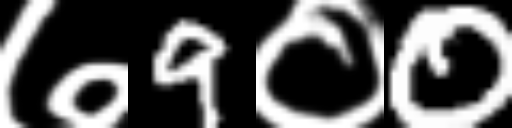
Text: ७9०0